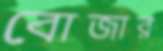
বোজার